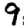
Digit: 9